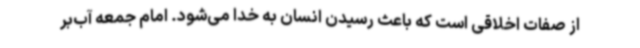
از صفات اخلاقی است که باعث رسیدن انسان به خدا می‌شود. امام جمعه آب‌بر